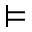
\models